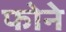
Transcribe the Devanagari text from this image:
फोने